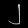
Digit: ၂